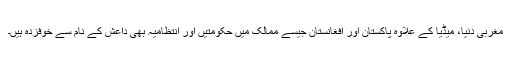
مغربی دنیا، میڈیا کے علاوہ پاکستان اور افغانستان جیسے ممالک میں حکومتیں اور انتظامیہ بھی داعش کے نام سے خوفزدہ ہیں۔